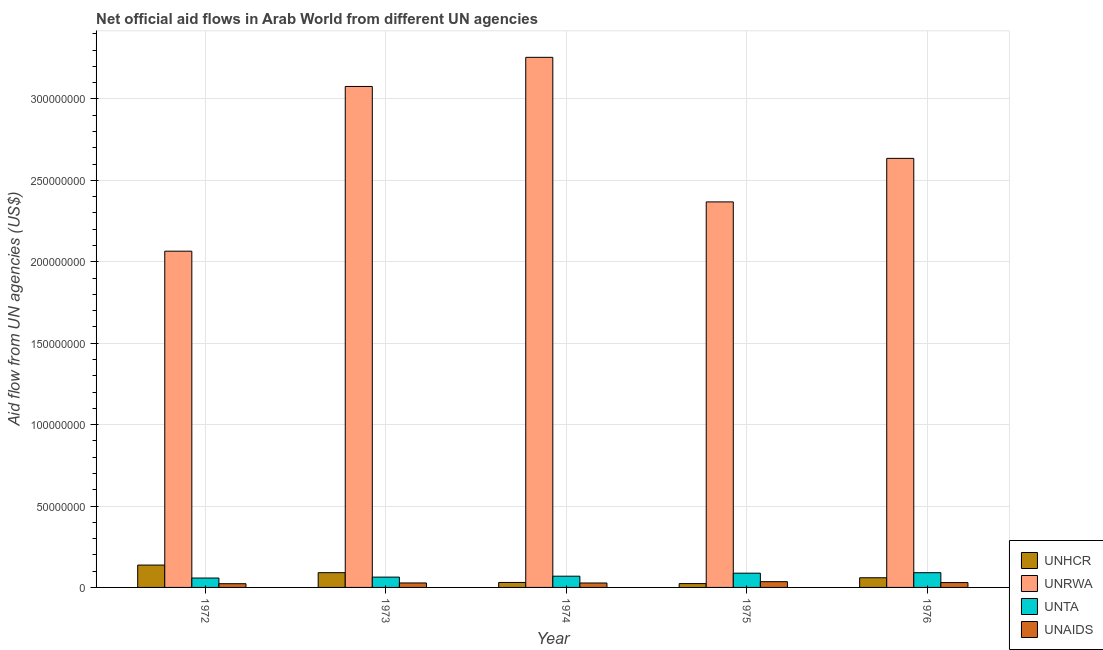
| Year | UNHCR | UNRWA | UNTA | UNAIDS |
 | --- | --- | --- | --- | --- |
 | 1972 | 1.37e+07 | 2.07e+08 | 5.77e+06 | 2.28e+06 |
 | 1973 | 9.06e+06 | 3.08e+08 | 6.33e+06 | 2.74e+06 |
 | 1974 | 3.05e+06 | 3.26e+08 | 6.9e+06 | 2.72e+06 |
 | 1975 | 2.35e+06 | 2.37e+08 | 8.75e+06 | 3.53e+06 |
 | 1976 | 5.94e+06 | 2.64e+08 | 9.05e+06 | 2.97e+06 |